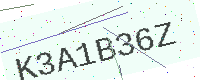
Text: K3A1B36Z